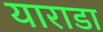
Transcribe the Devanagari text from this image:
याराडा